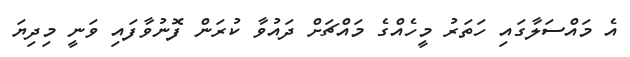
އެ މައްސަލާގައި ހަތަރު މީހެއްގެ މައްޗަށް ދައުވާ ކުރަން ފޮނުވާފައި ވަނީ މިދިޔަ